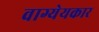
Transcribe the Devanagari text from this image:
वाग्येयकार